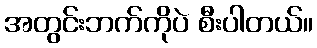
အတွင်းဘက်ကိုပဲ စီးပါတယ်။